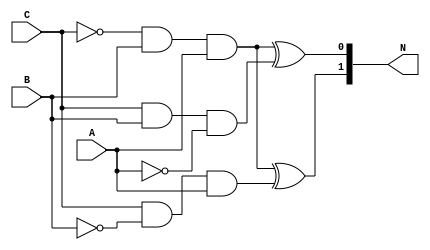
module btnsEntrada ( A, B, C, N);
	input A, B, C;
	output [1:0] N;
	
	wire T1, T2, T3;
	wire CN, BN, AN;
	
	not (CN, C);
	not (BN, B);
	not (AN, A);
	
	and And0 (T1, CN, B, A);
	
	and And1 (T2, C, BN, A);
	
	and And2 (T3, C, B, AN);
	

	
	xor Xor0(N[0], T1, T3);
	xor Xor1(N[1], T1, T2);
	
	
endmodule